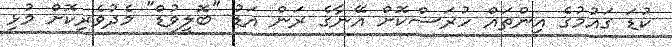
ކުޑަ ގައުމުގެ އިންތައް ހުރަސްކޮށް އޭނާގެ ރަން އަޑު "ބޮލީވުޑް" މެދުވެރިކޮށް މުޅި